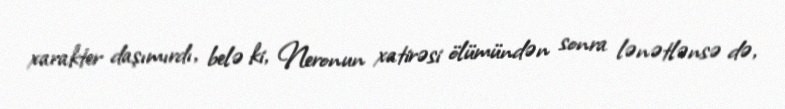
xarakter daşımırdı, belə ki, Neronun xatirəsi ölümündən sonra lənətlənsə də,